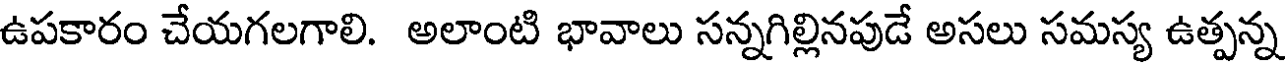
ఉపకారం చేయగలగాలి. అలాంటి భావాలు సన్నగిల్లినపుడే అసలు సమస్య ఉత్పన్న